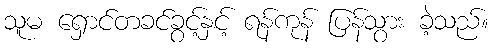
သူမ ရှောင်တခင်ခွင့်နှင့် ရန်ကုန် ပြန်သွား ခဲ့သည်။